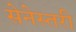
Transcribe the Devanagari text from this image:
सेनेस्तरी